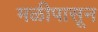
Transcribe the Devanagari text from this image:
मळीपासून